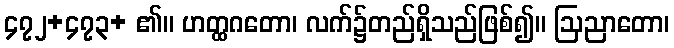
၄၇၂+၄၇၃+ ၏။ ဟတ္ထဂတော၊ လက်၌တည်ရှိသည်ဖြစ်၍။ ဩညာတော၊